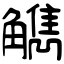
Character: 觹